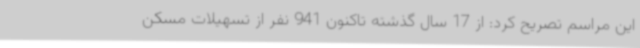
این مراسم تصریح کرد: از 17 سال گذشته تاکنون 941 نفر از تسهیلات مسکن